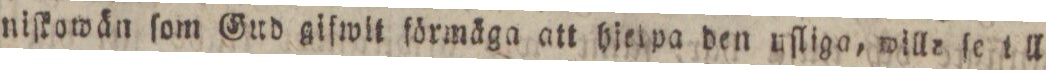
niſkowän ſom Gud gifwit förmäga att hjelpa den uſliga, willa ſe till